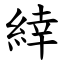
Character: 緈